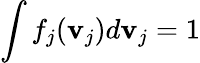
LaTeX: \int f_{j}(\mathbf{v}_{j})d\mathbf{v}_{j}=1